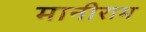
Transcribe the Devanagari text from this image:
मानीराम